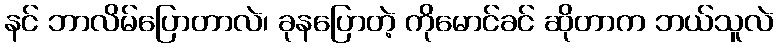
နင် ဘာလိမ်ပြောတာလဲ၊ ခုနပြောတဲ့ ကိုမောင်ခင် ဆိုတာက ဘယ်သူလဲ